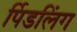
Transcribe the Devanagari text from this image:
र्पिडलिंग